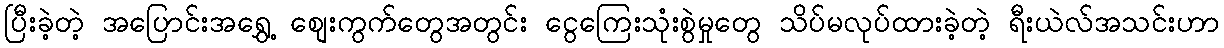
ပြီးခဲ့တဲ့ အပြောင်းအရွှေ့ စျေးကွက်တွေအတွင်း ငွေကြေးသုံးစွဲမှုတွေ သိပ်မလုပ်ထားခဲ့တဲ့ ရီးယဲလ်အသင်းဟာ